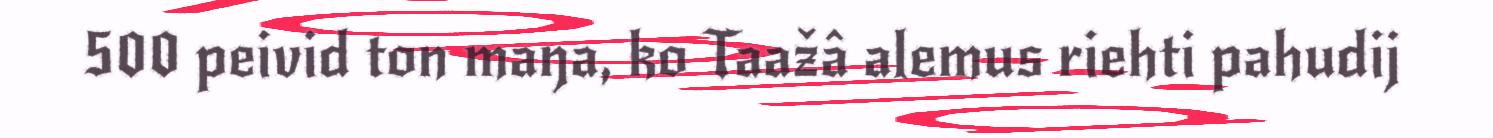
500 peivid ton maŋa, ko Taažâ alemus riehti pahudij